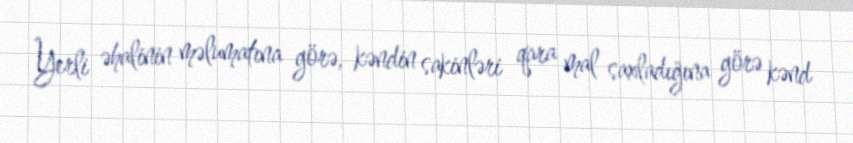
Yerli əhalinin məlumatına görə, kəndin sakinləri qara mal saxladığına görə kənd